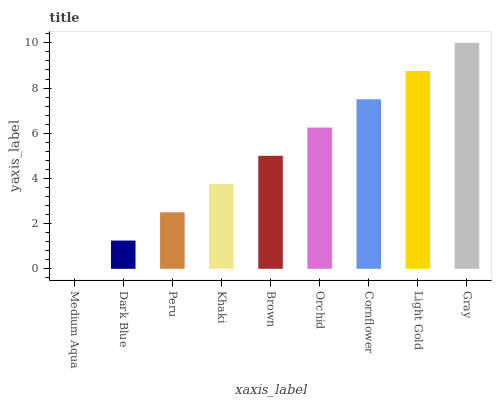
| xaxis_label | bars |
 | --- | --- |
 | Medium Aqua | 0 |
 | Dark Blue | 1.25 |
 | Peru | 2.5 |
 | Khaki | 3.75 |
 | Brown | 5 |
 | Orchid | 6.25 |
 | Cornflower | 7.5 |
 | Light Gold | 8.75 |
 | Gray | 10 |